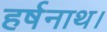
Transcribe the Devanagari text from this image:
हर्षनाथ।